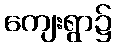
ကျေးရွာ၌